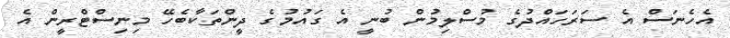
އެހެނަސް އެ ސަރަހައްދުގެ މުސްލިމުން ބުނީ އެ ގައުމުގެ ދީންތަކާބެހޭ މިނިސްޓްރީން އެ